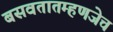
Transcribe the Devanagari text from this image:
बसवतातम्हणजेच